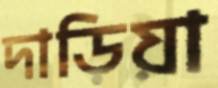
দাড়িয়া